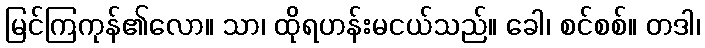
မြင်ကြကုန်၏လော။ သာ၊ ထိုရဟန်းမငယ်သည်။ ခေါ၊ စင်စစ်။ တဒါ၊